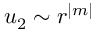
u _ { 2 } \sim r ^ { | m | }